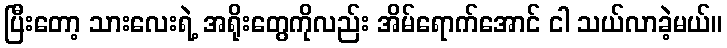
ပြီးတော့ သားလေးရဲ့ အရိုးတွေကိုလည်း အိမ်ရောက်အောင် ငါ သယ်လာခဲ့မယ်။